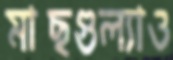
মাছগুল্যাও